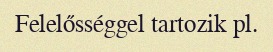
Felelősséggel tartozik pl.